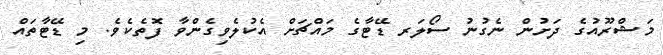
މަޝްރޫއުގެ ދަށުން ނެގުނު ސޯލަރ ޑޭޓާގެ މައްޗަށް އެކުލެވިގެންވާ ފޮތެކެވެ. މި ޑޭޓާތައް